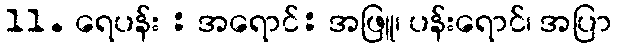
11. ရေပန်း : အရောင်: အဖြူ၊ ပန်းရောင်၊ အပြာ